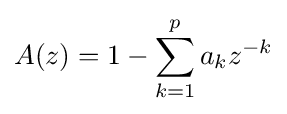
A(z)=1-\sum _{k=1}^{p}a_{k}z^{-k}